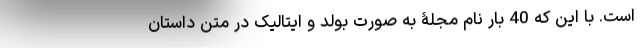
است. با این که 40 بار نام مجلۀ به صورت بولد و ایتالیک در متن داستان